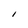
Character: I